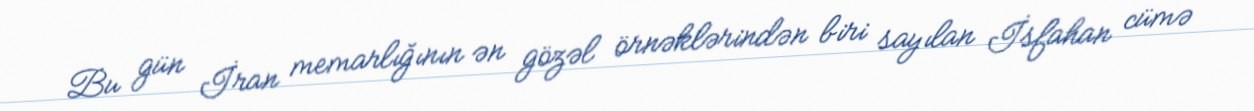
Bu gün İran memarlığının ən gözəl örnəklərindən biri sayılan İsfahan cümə